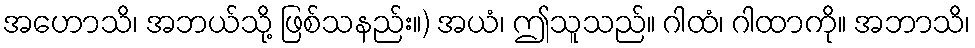
အဟောသိ၊ အဘယ်သို့ ဖြစ်သနည်း။) အယံ၊ ဤသူသည်။ ဂါထံ၊ ဂါထာကို။ အဘာသိ၊